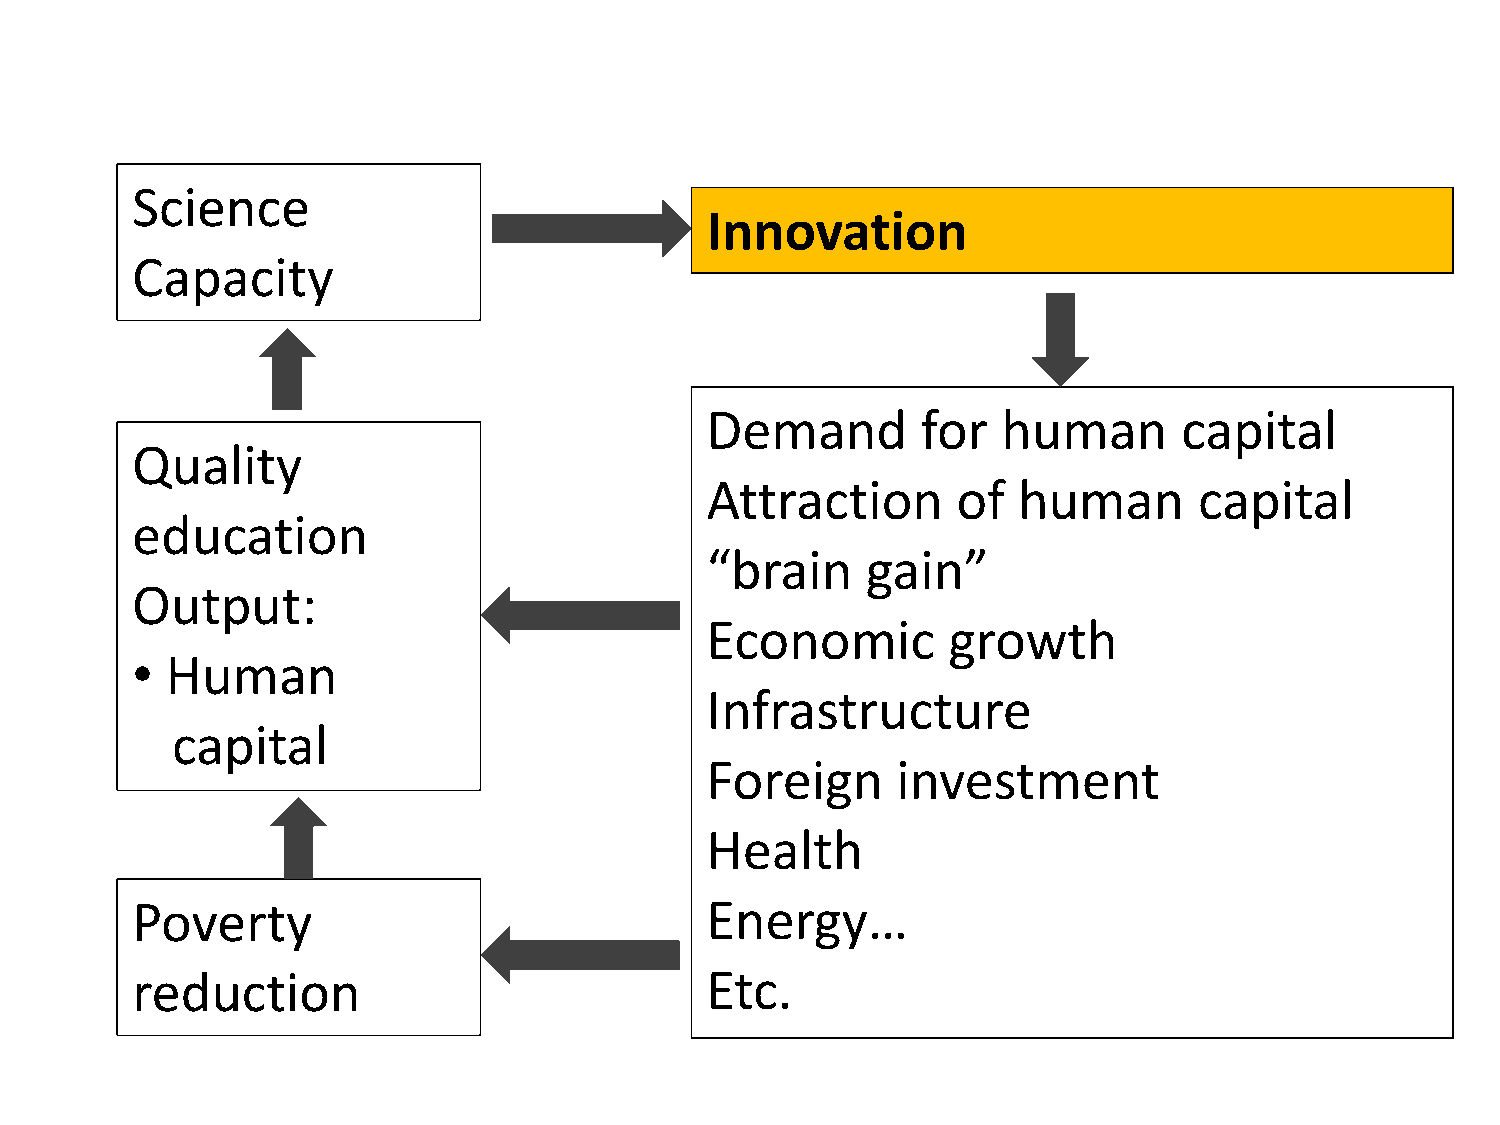
Science
 Innovation
 Capacity
 Demand        for  human       capital
 Quality
 Attraction      of  human       capital
 education
 “brain    gain”
 Output:
 Economic        growth
 • Human
 Infrastructure
 capital
 Foreign     investment
 Health
 Poverty                               Energy…
 reduction                             Etc.